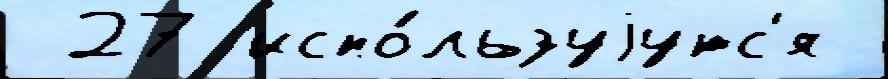
 27 испо́льзуjутс'я